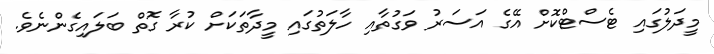
މީދަލުގައި ޓެސްޓްކޮށް އޭގެ އަސަރު ވަގުތާއި ހާލަތުގައި މީދާތަކަށް ކުރާ ގޮތް ބަލައިގެންނެވެ.